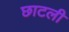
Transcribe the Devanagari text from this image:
छाटली